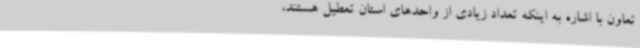
تعاون با اشاره به اینکه تعداد زیادی از واحدهای استان تعطیل هستند،